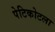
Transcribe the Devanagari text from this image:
पेटिकोटला